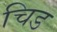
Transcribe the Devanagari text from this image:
चिड